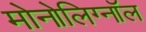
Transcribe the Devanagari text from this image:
मोनोलिग्नॉल